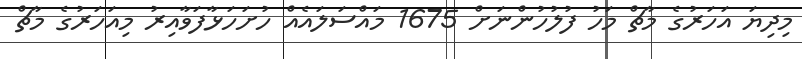
މިދިޔަ އަހަރުގެ މާޗް މަހު ފުލުހުންނަށް 1675 މައްސަލައެއް ހުށަހަޅާފަވާއިރު މިއަހަރުގެ މާޗް